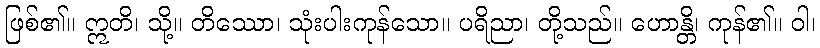
ဖြစ်၏။ ဣတိ၊ သို့။ တိဿော၊ သုံးပါးကုန်သော။ ပရိညာ၊ တို့သည်။ ဟောန္တိ၊ ကုန်၏။ ဝါ၊